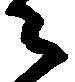
々